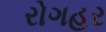
રોગહર